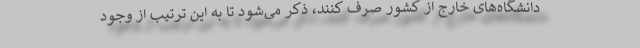
دانشگاه‌های خارج از کشور صرف کنند، ذکر می‌شود تا به این ترتیب از وجود